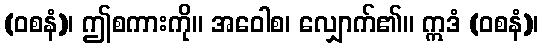
(ဝစနံ)၊ ဤစကားကို။ အဝေါစ၊ လျှောက်၏။ ဣဒံ (ဝစနံ)၊